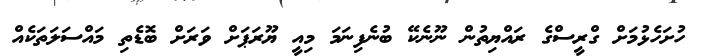
ހުށަހެޅުމަށް ގްރީސްގެ ރައްޔިތުން ނޫނެކޭ ބުނެފިނަމަ މިއީ ޔޫރަޕަށް ވަރަށް ބޮޑެތި މައްސަލަތަކެއް